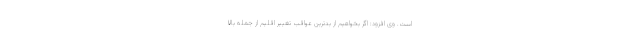
است. وی افزود: اگر بخواهیم از بدترین عواقب تغییر اقلیم از جمله بالا